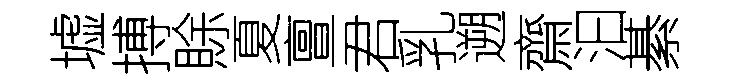
墟搏賖夏亶君乳遡齋汩綦